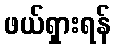
ဖယ်ရှားရန်